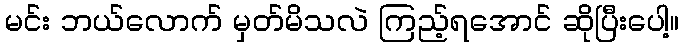
မင်း ဘယ်လောက် မှတ်မိသလဲ ကြည့်ရအောင် ဆိုပြီးပေါ့။